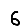
Digit: 6